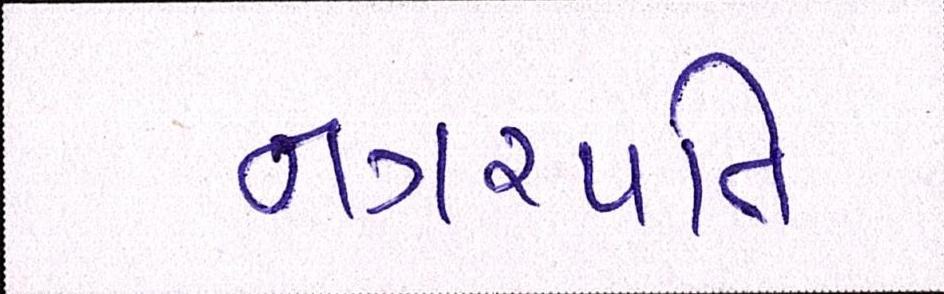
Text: નગરપતિ